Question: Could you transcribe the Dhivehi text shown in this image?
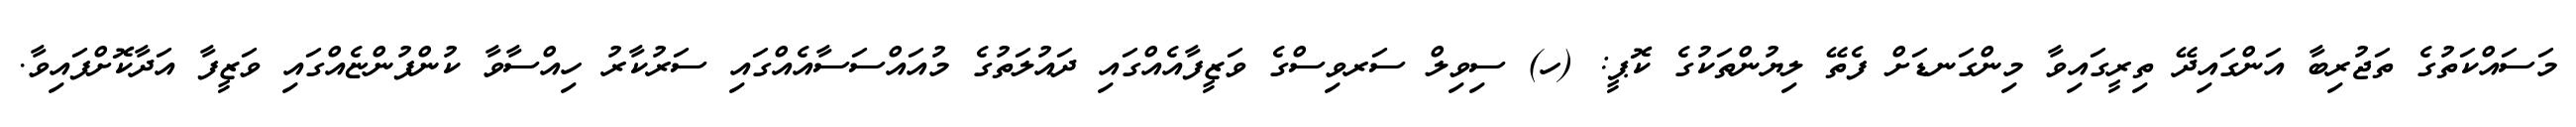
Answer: މަސައްކަތުގެ ތަޖުރިބާ އަންގައިދޭ ތިރީގައިވާ މިންގަނޑަށް ފެތޭ ލިޔުންތަކުގެ ކޮޕީ: (ހ) ސިވިލް ސަރވިސްގެ ވަޒީފާއެއްގައި ދައުލަތުގެ މުއައްސަސާއެއްގައި ސަރުކާރު ހިއްސާވާ ކުންފުންޏެއްގައި ވަޒީފާ އަދާކޮށްފައިވާ.